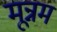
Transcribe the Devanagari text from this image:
मून्नम